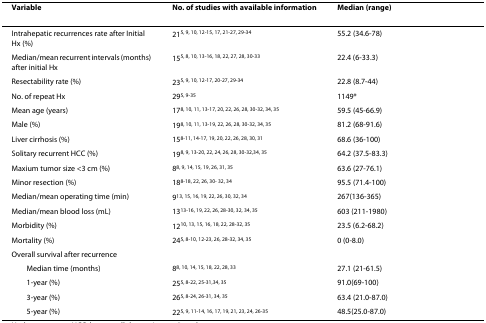
<table><thead><tr><td><b>Variable</b></td><td><b>No. of studies with available information</b></td><td><b>Median (range)</b></td></tr></thead><tbody><tr><td>Intrahepatic recurrences rate after Initial Hx (%)</td><td>21<sup>5, 9, 10, 12-15, 17, 21-27, 29-34</sup></td><td>55.2 (34.6-78)</td></tr><tr><td>Median/mean recurrent intervals (months) after initial Hx</td><td>15<sup>5, 8, 10, 13-16, 18, 22, 27, 28, 30-33</sup></td><td>22.4 (6-33.3)</td></tr><tr><td>Resectability rate (%)</td><td>23<sup>5, 9, 10, 12-17, 20-27, 29-34</sup></td><td>22.8 (8.7-44)</td></tr><tr><td>No. of repeat Hx</td><td>29<sup>5, 9-35</sup></td><td>1149*</td></tr><tr><td>Mean age (years)</td><td>17<sup>8, 10, 11, 13-17, 20, 22, 26, 28, 30-32, 34, 35</sup></td><td>59.5 (45-66.9)</td></tr><tr><td>Male (%)</td><td>19<sup>8, 10, 11, 13-19, 22, 26, 28, 30-32, 34, 35</sup></td><td>81.2 (68-91.6)</td></tr><tr><td>Liver cirrhosis (%)</td><td>15<sup>8-11, 14-17, 19, 20, 22, 26, 28, 30, 31</sup></td><td>68.6 (36-100)</td></tr><tr><td>Solitary recurrent HCC (%)</td><td>19<sup>8, 9, 13-20, 22, 24, 26, 28, 30-32,34, 35</sup></td><td>64.2 (37.5-83.3)</td></tr><tr><td>Maxium tumor size &lt;3 cm (%)</td><td>8<sup>8, 9, 14, 15, 19, 26, 31, 35</sup></td><td>63.6 (27-76.1)</td></tr><tr><td>Minor resection (%)</td><td>18<sup>8-18, 22, 26, 30- 32, 34</sup></td><td>95.5 (71.4-100)</td></tr><tr><td>Median/mean operating time (min)</td><td>9<sup>13, 15, 16, 19, 22, 26, 30, 32, 34</sup></td><td>267(136-365)</td></tr><tr><td>Median/mean blood loss (mL)</td><td>13<sup>13-16, 19, 22, 26, 28-30, 32, 34, 35</sup></td><td>603 (211-1980)</td></tr><tr><td>Morbidity (%)</td><td>12<sup>10, 13, 15, 16, 18, 22, 28-32, 35</sup></td><td>23.5 (6.2-68.2)</td></tr><tr><td>Mortality (%)</td><td>24<sup>5, 8-10, 12-23, 26, 28-32, 34, 35</sup></td><td>0 (0-8.0)</td></tr><tr><td>Overall survival after recurrence</td><td></td><td></td></tr><tr><td> Median time (months)</td><td>8<sup>8, 10, 14, 15, 18, 22, 28, 33</sup></td><td>27.1 (21-61.5)</td></tr><tr><td> 1-year (%)</td><td>25<sup>5, 8-22, 25-31,34, 35</sup></td><td>91.0(69-100)</td></tr><tr><td> 3-year (%)</td><td>26<sup>5, 8-24, 26-31, 34, 35</sup></td><td>63.4 (21.0-87.0)</td></tr><tr><td> 5-year (%)</td><td>22<sup>5, 9, 11-14, 16, 17, 19, 21, 23, 24, 26-35</sup></td><td>48.5(25.0-87.0)</td></tr></tbody></table>